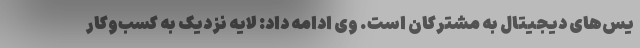
یس‌های دیجیتال به مشترکان است. وی ادامه داد: لایه نزدیک به کسب‌وکار